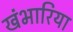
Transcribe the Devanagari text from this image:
खंभारिया